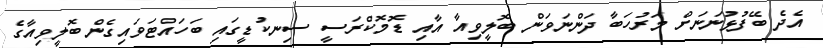
އެދެ ބޭފުޅުނަނަށް މަރުހަބާ ދަންނަވަން ބޮލީވިއާ އާއި ޑޮމޮކްރަސީ ސިނކުޑީގައި ބަހައްޓަވައިގެން ބޮލީވިއާގެ